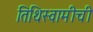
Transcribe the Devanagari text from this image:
तिथिस्वामीची